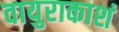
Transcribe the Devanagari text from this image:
वायुराकाशं